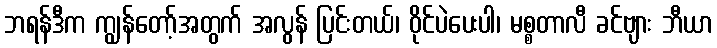
ဘရန်ဒီက ကျွန်တော့်အတွက် အလွန် ပြင်းတယ်၊ ဝိုင်ပဲပေးပါ၊ မစ္စတာလီ ခင်ဗျား ဘီယာ